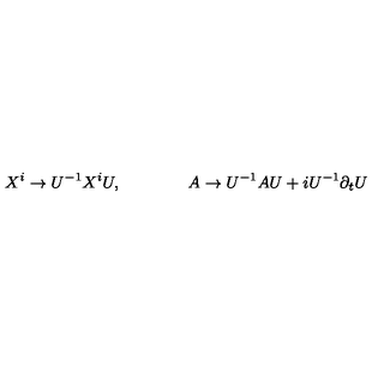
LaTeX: X ^ { i } \to U ^ { - 1 } X ^ { i } U , \qquad \qquad A \to U ^ { - 1 } A U + i U ^ { - 1 } \partial _ { t } U